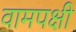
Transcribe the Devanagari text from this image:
वामपक्षी